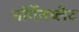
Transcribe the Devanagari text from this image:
मॉर्गेनब्लैट